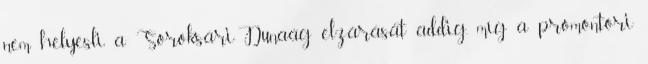
nem helyesli a Soroksári-Dunaág elzárását addig, míg a promontori